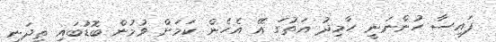
ފައިސާ ހުންނަނީ ހާމިދު އަތުގަ އޭ އެހެން ކަމަށް ވުމުން ބޮޑުބައި ތިދަނީ